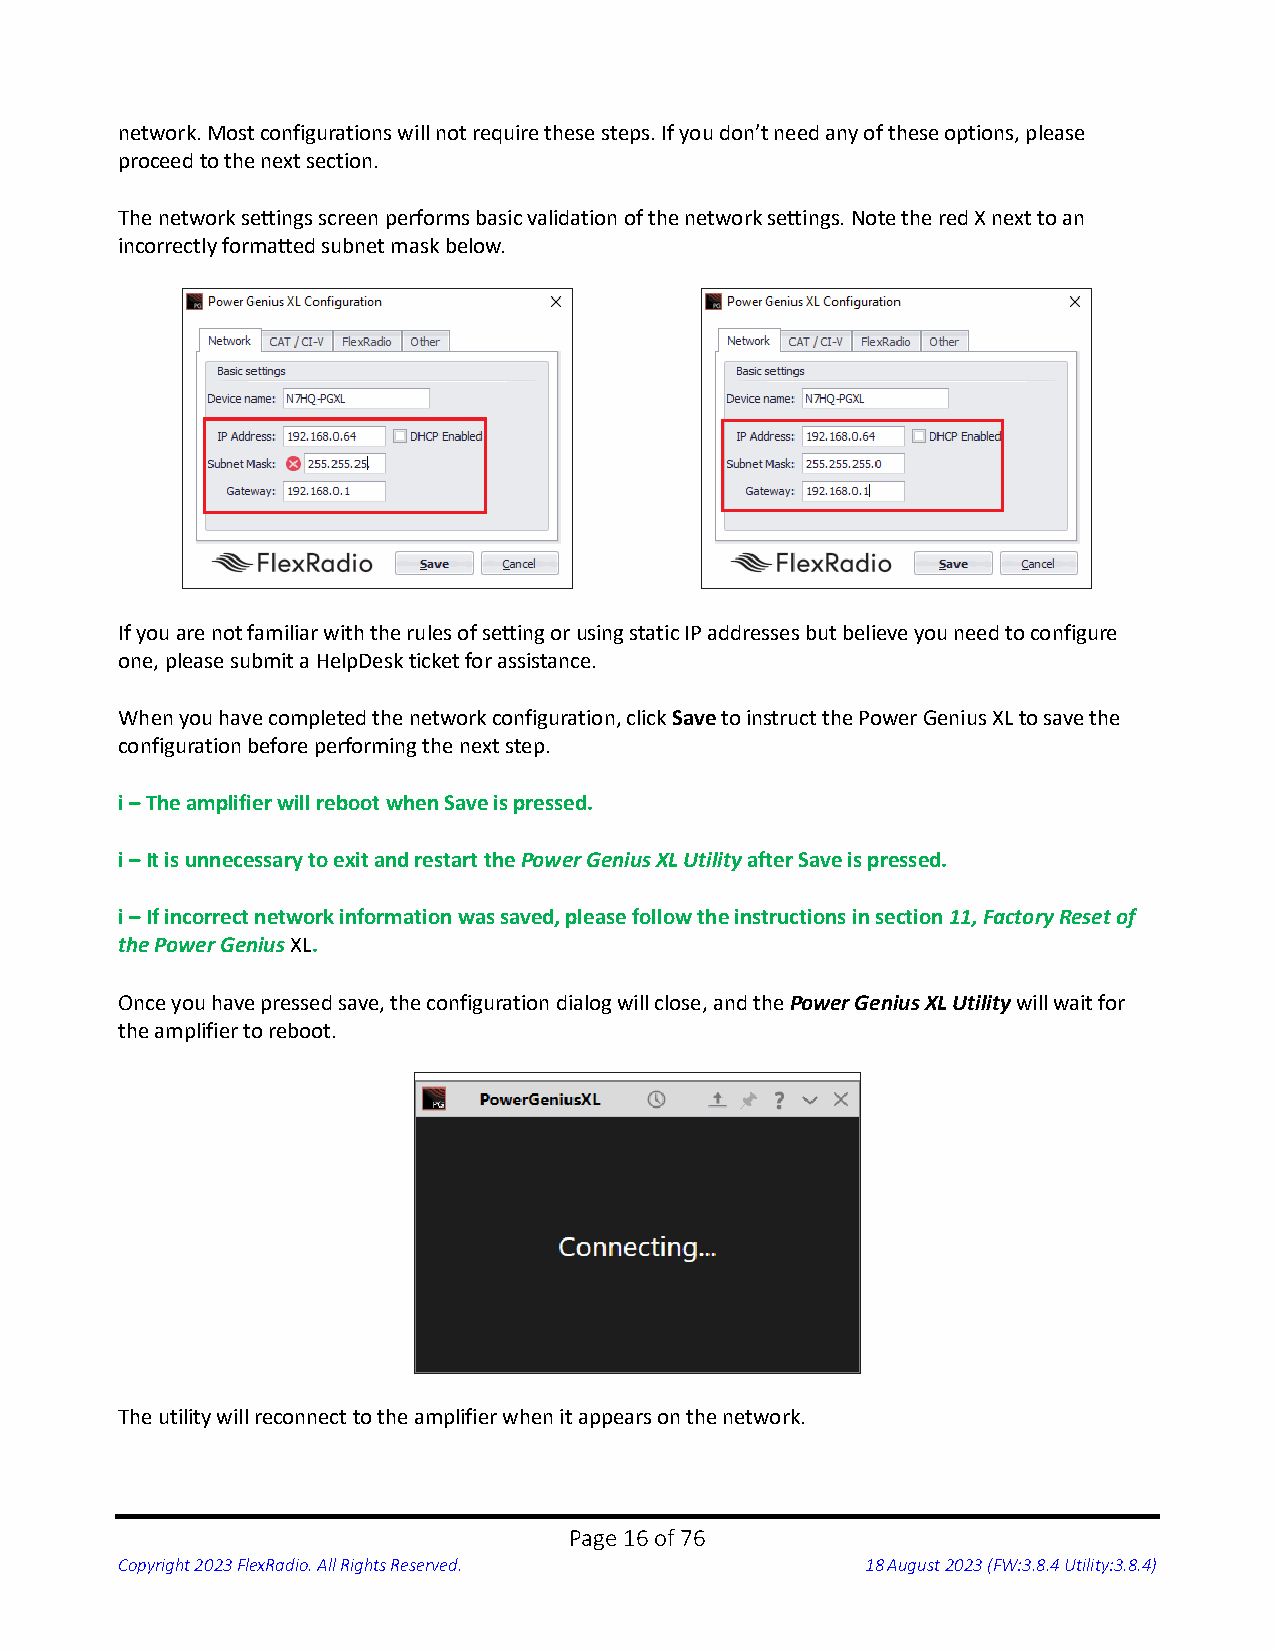
network. Most configurations will not require these steps. If you don’t need any of these options, please
 proceed to the next section.
 The network settings screen performs basic validation of the network settings. Note the red X next to an
 incorrectly formatted subnet mask below.
 If you are not familiar with the rules of setting or using static IP addresses but believe you need to configure
 one, please submit a HelpDesk ticket for assistance.
 When you have completed the network configuration, click Save to instruct the Power Genius XL to save the
 configuration before performing the next step.
 i – The amplifier will reboot when Save is pressed.
 i – It is unnecessary to exit and restart the Power Genius XL Utility after Save is pressed.
 i – If incorrect network information was saved, please follow the instructions in section 11, Factory Reset of
 the Power Genius XL.
 Once you have pressed save, the configuration dialog will close, and the Power Genius XL Utility will wait for
 the amplifier to reboot.
 The utility will reconnect to the amplifier when it appears on the network.
 Page 16 of 76
 Copyright 2023 FlexRadio. All Rights Reserved.   18 August 2023 (FW:3.8.4 Utility:3.8.4)